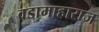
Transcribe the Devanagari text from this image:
वडामाहाराज